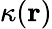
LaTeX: \kappa(\mathbf{r})